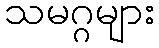
သမဂ္ဂများ